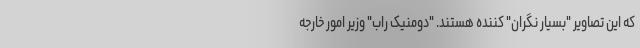
که این تصاویر "بسیار نگران" کننده هستند. "دومنیک راب" وزیر امور خارجه